Vital statistics of India. Vol. IV, Annual returns from 1871 to 1876. British Army of India, Native Army and jails of Bengal
Year: 1871
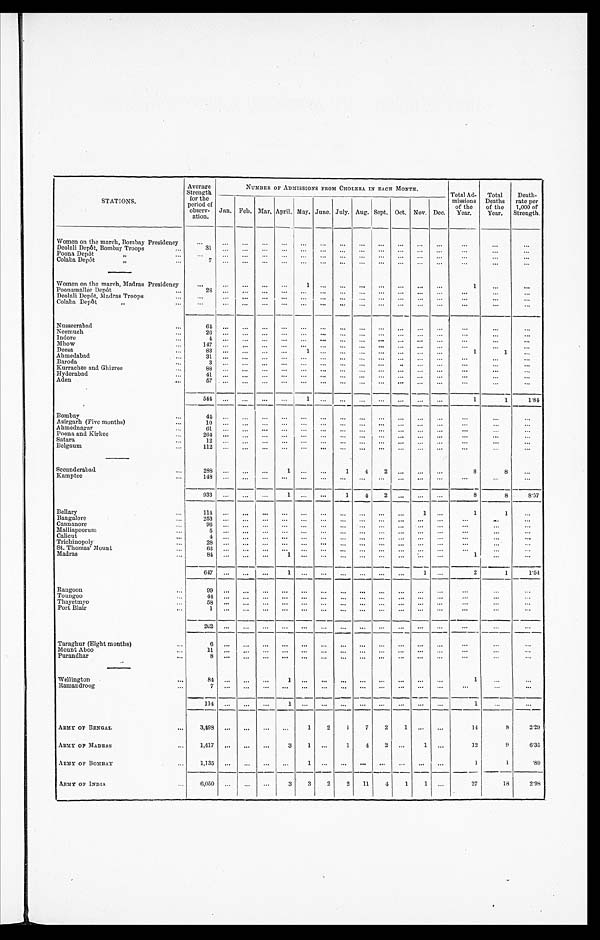
STATIONS.
Average
Strength for the
period of
observ- ation.
NUMBER OF ADMISSIONS FROM CHOLERA IN EACH MONTH.
Total Ad-
missions of the
Year.
Total
Deaths
of the
Year.
Death-
rate per
1,000 of
Strength.
Jan. Feb. Mar, April. May, June. July. Aug. Sept. Oct. Nov. Dec.
Women on the march, Bombay Presidency
Deolali Depot, Bombay Troops
31
Poona Depôt „
Colaba Depôt „
7
Women on the march, Madras Presidency
Poonamallee Depôt
28
Deolali Depôt, Madras Troops
Colaba Depôt „
Nusseerabad
6 4
Neemuch
2 6
Indore
4
Mhow
147
Deesa
83
1
1
1
Ahmedabad
31
Baroda
3
Kurrachee and Ghizree
88
Hyderabad
41
Aden
57
544
1
1
1
1.84
Bombay
44
Asirgarh (Five months)
10
Ahmednagar
61
Poona and Kirkee
2 6 4
Satara
1 2
Belgaum
112
Secunderabad
288
1
1 4 2
8
8
Kamptee
148
933
1
1 4 2
8
8
8.57
Bellary
1 1 4
1
1
1
Bangalore
253
Cannanore
96
Malliapoorum
5
Calicut
4
Trichinopoly
28
St. Thomas' Mount
63
Madras
84
1
1
647
1
1
2
1
1.5 4
Rangoon
99
Toungoo
44
Thayetmyo
58
Port Blair
1
202
Taraghur (Eight months)
6
Mount Aboo
1 1
Purandhar
8
Wellington
84
1
1
Ramandroog
7
114
1
1
ARMY OF BENGAL
3, 498
1 2
1
7
2 1
14 8
2.29
ARMY OP MADRAS
1,417
3 1
1 4
2
1
12
9
6.35
ARMY OF BOMBAY
1,135
1
1
1
.89
ARMY OF INDIA
6,050
3 3
2 2
1 1
4 1 1
27
1 8
2. 98